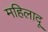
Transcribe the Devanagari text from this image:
महिलादू